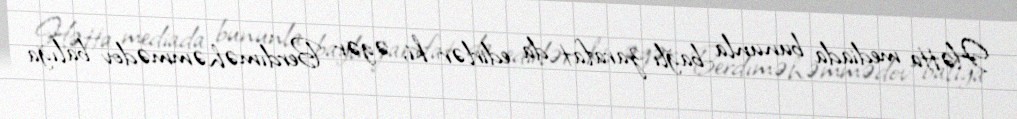
Hətta mediada bununla bağlı zarafat da edirlər ki, əgər Berdıməhəmmədov balığa